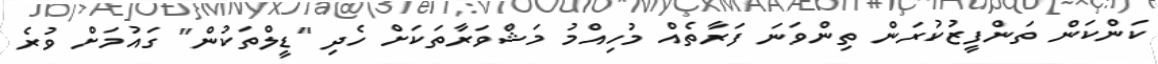
ކަންކަން ތަންފީޒުކުރަން ތިންވަނަ ފަރާތެއް މުހިއްމު މަޝްވަރާތަކަށް ހެދި "ޑީލްތަކުން" ގައުމަށް ވުރެ